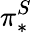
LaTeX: \pi_{*}^{S}